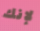
لإنك